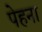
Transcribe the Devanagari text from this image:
पेहना